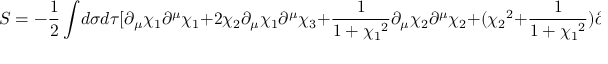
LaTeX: S = - \frac { 1 } { 2 } \int \! d \sigma d \tau [ \partial _ { \mu } \chi _ { 1 } \partial ^ { \mu } \chi _ { 1 } + 2 \chi _ { 2 } \partial _ { \mu } \chi _ { 1 } \partial ^ { \mu } \chi _ { 3 } + \frac { 1 } { 1 + { \chi _ { 1 } } ^ { 2 } } \partial _ { \mu } \chi _ { 2 } \partial ^ { \mu } \chi _ { 2 } + ( { \chi _ { 2 } } ^ { 2 } + \frac { 1 } { 1 + { \chi _ { 1 } } ^ { 2 } } ) \partial _ { \mu } \chi _ { 3 } \partial ^ { \mu } \chi _ { 3 } + \partial _ { \mu } t \partial ^ { \mu } t ] .